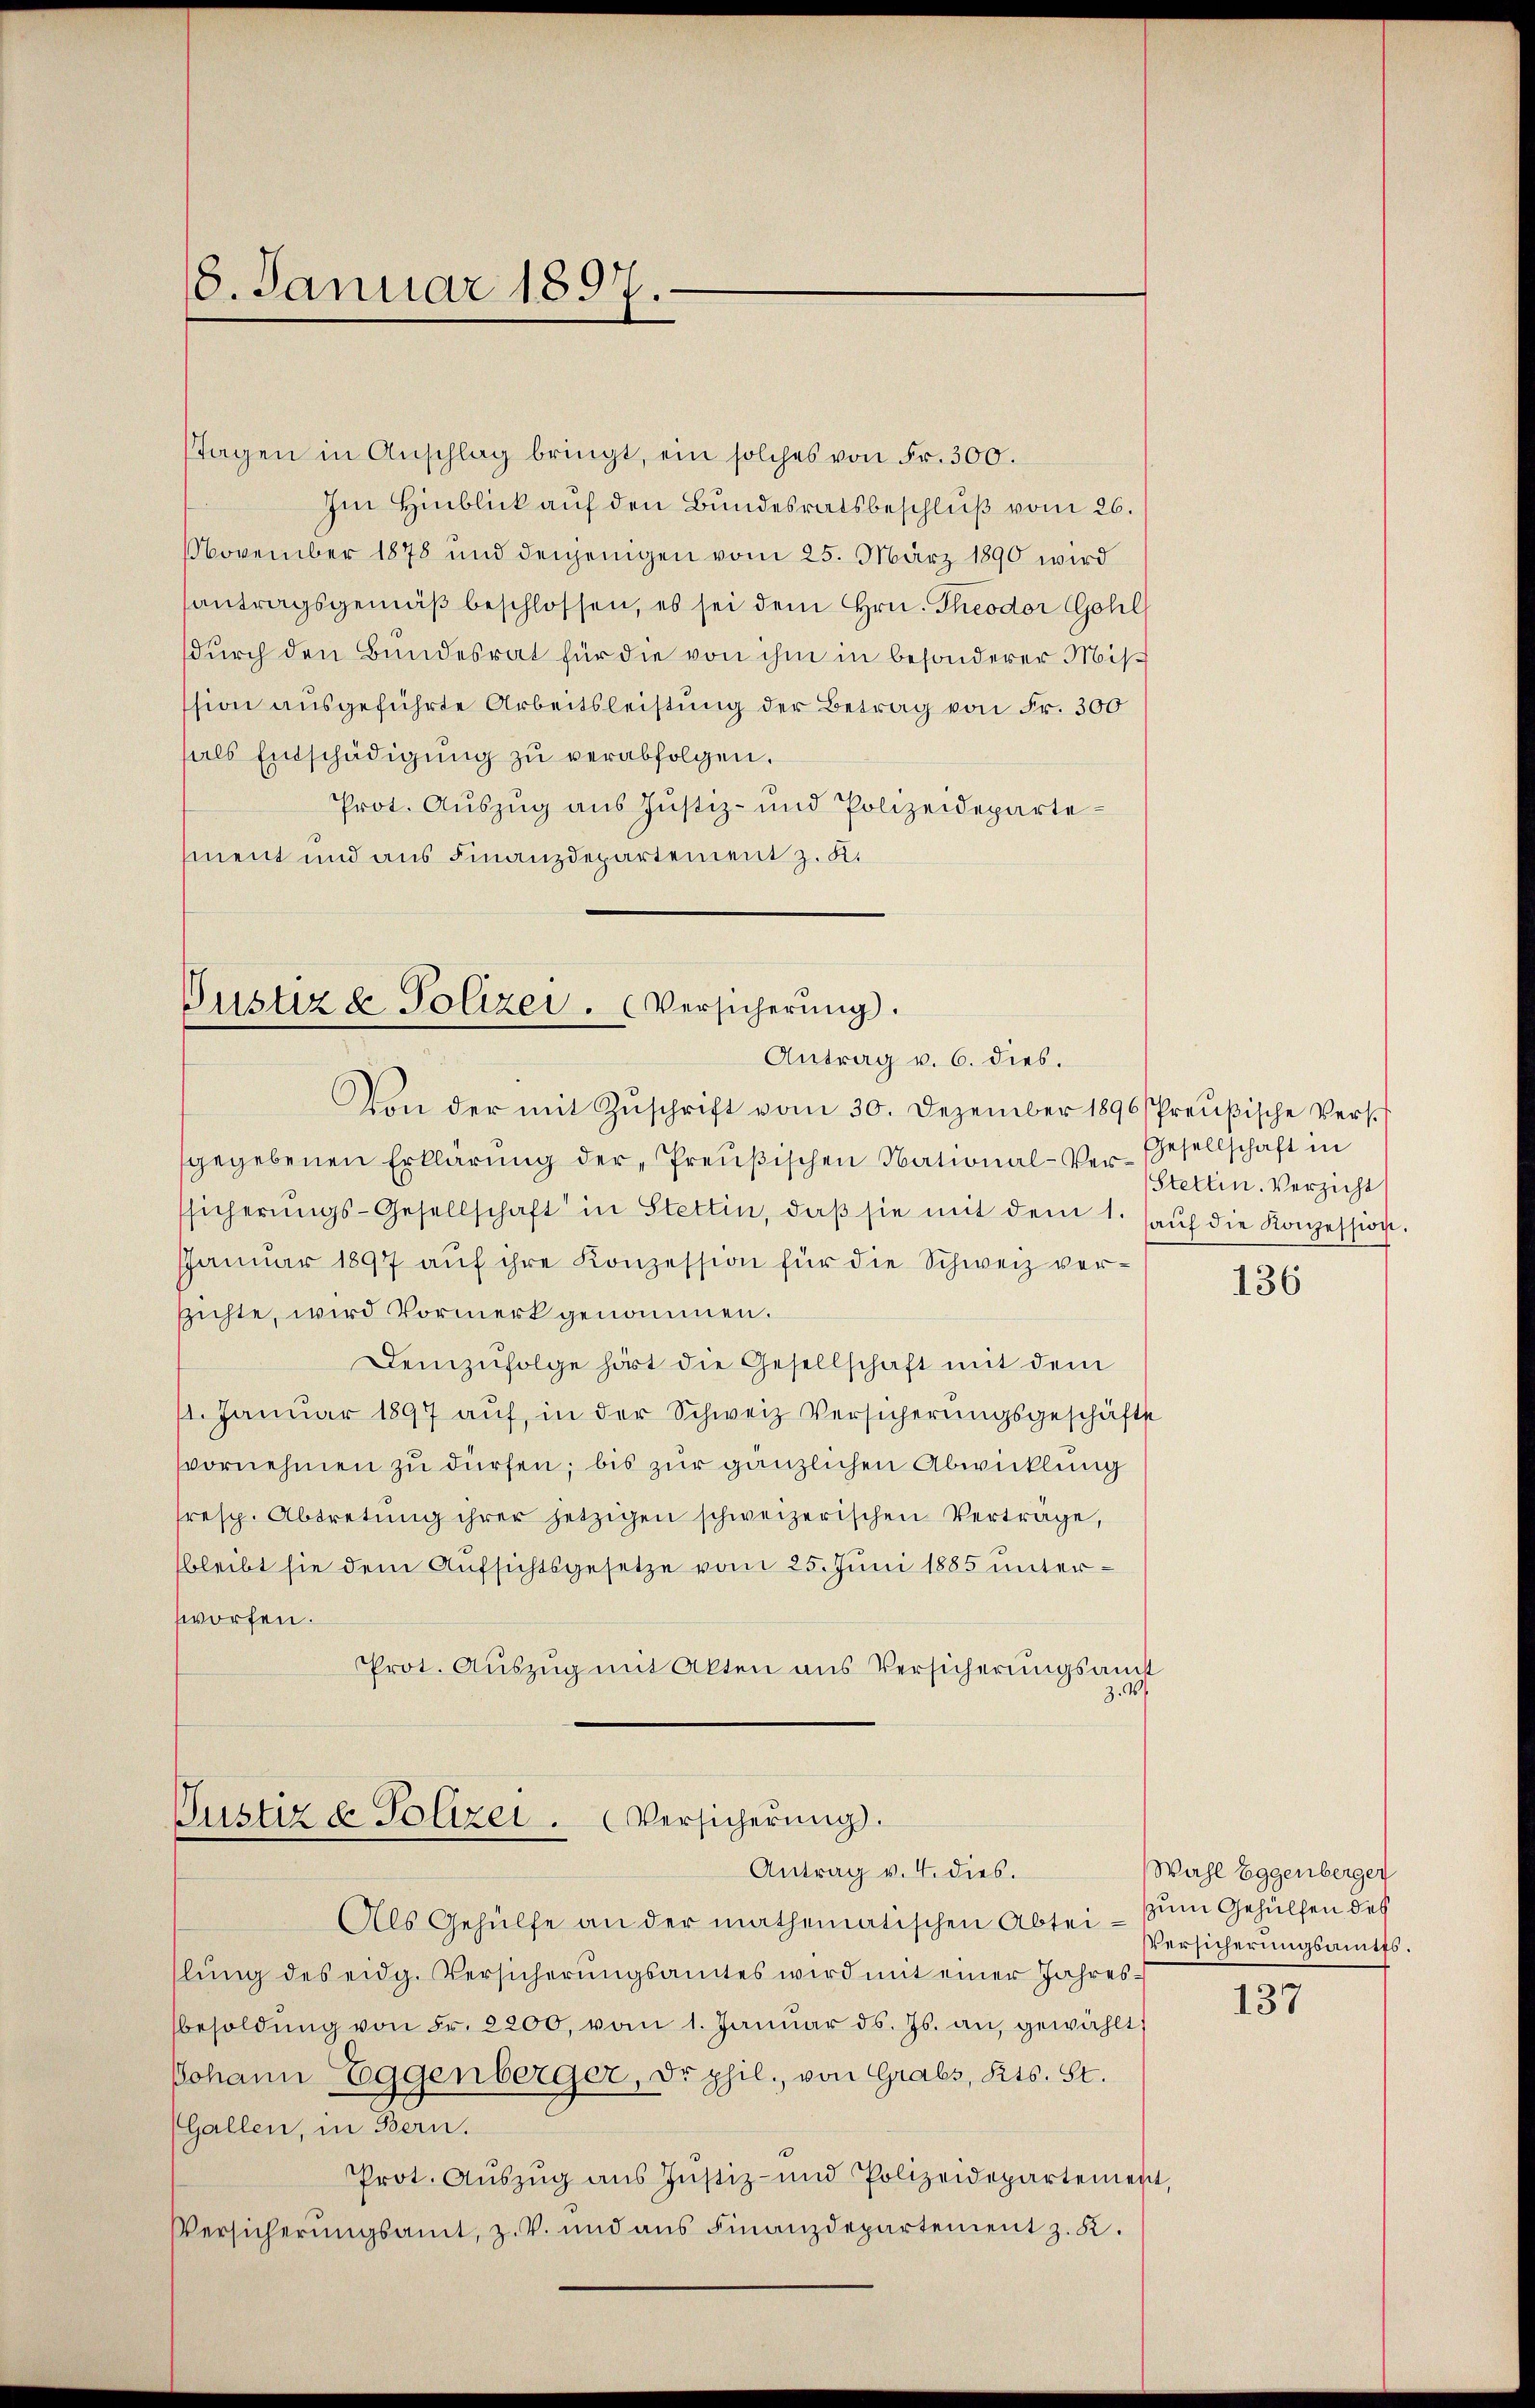
6. Januar 1897.

stagen in Anschlag bringt, ein solches von Fr. 300.
Im Hinblick auf den Bundesratsbeschluß vom 26.
November 1878 und denjenigen vom 25. März 1890 wird
antragsgemäβ beschlossen, es sei dem Hrn. Theodor Gohl
durch den Bundesrat für die von ihm in besonderer Misch
ssion ausgeführte Arbeitsleistung der Betrag von Fr. 300
hals Entschädigung zu verabfolgen.
Prot. Auszug aus Justiz- und Polizeidepartement und aus Finanzdepartement z. K.

Justiz & Polizei. (Versicherung.
Antrag v. 6. dies.
Von der mit Zuschrift vom 30. Dezember 1896/ Preußische Vers.

gegebenen Erklärung der Preußischen National-Verssicherŭngs-Gesellschaft in Stettin, daβ sie mit dem 1. aŭf die Konzession.
JJanŭar 1897 aŭf ihre Konzession für die Schweiz verzichte, wird Vormerk genommen.
Demzufolge hört die Gesellschaft mit dem
11. Januar 1897 aŭf in der Schweiz Versicherŭngsgeschäfte
vornehmen zu dürfen; bis zur gänzlichen Abwicklung
fresp. Abtretŭng ihrer jetzigen schweizerischen Verträge,
bleibt sie dem Aufsichtsgesetze vom 25. Juni 1885 unterworfen.
Prot. Aŭszŭg mit Akten ans Versicherŭngsamt
Z. 4.

Pustiz & Polizei . Versicherung.
Antrag v. 4. dies.

Gesellschaft in
Stettin. Verzicht
136

Als Gehülfe an der mathematischen Abtei - zum Gehülfen des
lŭng des eidg. Versicherŭngsamtes wird mit einer Jahresbesoldŭng von Fr. 2200, vom 1. Januar d. Js. an, gewählt;
Johann Eggenberger, dr phil., von Grabs, Kts. St.
(Gallen, in Bern.
Prot. Aŭszŭg aŭs Jŭstiz- und Polizeidepartement,
VVersicherungsamt, z. V. und aus Finanzdepartement z. K.

Wahl Eggenberger
VVersicherungsamtes.

137